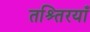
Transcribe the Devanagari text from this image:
तश्र्तिरयाँ